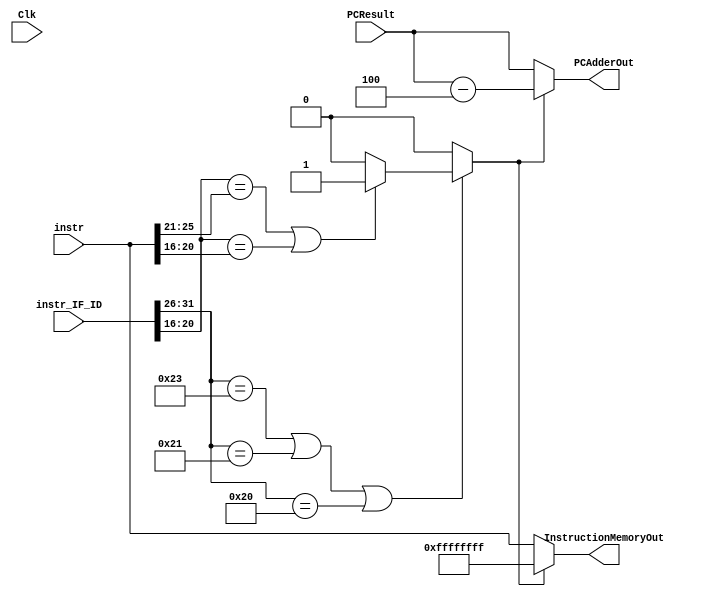
`timescale 1ns / 1ps
//////////////////////////////////////////////////////////////////////////////////
// Company: 
// Engineer: 
// 
// Design Name: 
// Module Name: HazardDetectionUnit
// Project Name: 
// Target Devices: 
// Tool Versions: 
// Description: 
// 
// Dependencies: 
// 
// Revision:
// Revision 0.01 - File Created
// Additional Comments:
// 
//////////////////////////////////////////////////////////////////////////////////

module HazardDetectionUnit(Clk, instr, instr_IF_ID, PCResult, InstructionMemoryOut, PCAdderOut);
    input Clk;
    input [31:0] instr, instr_IF_ID, PCResult;
    output reg [31:0] InstructionMemoryOut, PCAdderOut;
    
    reg dependent;
    reg [4:0] PC_Rs, PC_Rt;
    reg [5:0] functer;
    
    always @(*) begin
        functer = instr[5:0];
        dependent = 0;
        PC_Rs = instr[25:21];
        PC_Rt = instr[20:16];
            
        if (instr_IF_ID[31:26] == 6'b100011 || // lw
            instr_IF_ID[31:26] == 6'b100001 || // lh
            instr_IF_ID[31:26] == 6'b100000 ) // lb
            begin
                if (instr_IF_ID[20:16] == instr[25:21] || instr_IF_ID[20:16] == instr[20:16])
                    dependent = 1;
                
            end


    
    end // end always
    
    always @(*) begin
            if (dependent == 1)
        begin
            InstructionMemoryOut <= 32'b11111111111111111111111111111111;
            PCAdderOut <= PCResult - 4;
        end
    else
        begin
            InstructionMemoryOut <= instr;
            PCAdderOut <= PCResult;
        end
    end
    
    
    
    
endmodule